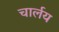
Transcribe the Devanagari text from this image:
चार्लय